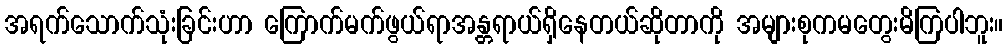
အရက်သောက်သုံးခြင်းဟာ ကြောက်မက်ဖွယ်ရာအန္တရာယ်ရှိနေတယ်ဆိုတာကို အများစုကမတွေးမိကြပါဘူး။